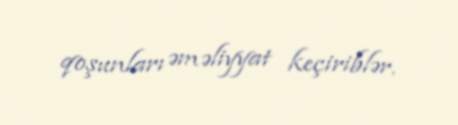
qoşunları əməliyyat keçiriblər.